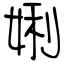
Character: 娳